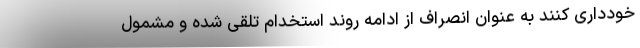
خودداری کنند به عنوان انصراف از ادامه روند استخدام تلقی شده و مشمول